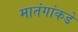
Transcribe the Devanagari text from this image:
मातंगांकडे